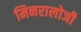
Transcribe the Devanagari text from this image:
मिनरालोजी